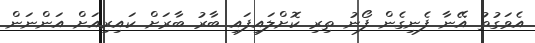
އެވަގުތު އޭނާ ފެނިގެން ފޯނު ތިރި ކޮށްލައިފައި ބާރު ބާރަށް ކައިރިއަށް އަންނަން